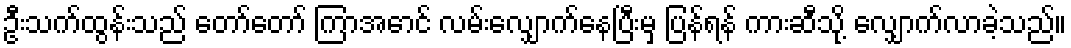
ဦးသက်ထွန်းသည် တော်တော် ကြာအောင် လမ်းလျှောက်နေပြီးမှ ပြန်ရန် ကားဆီသို့ လျှောက်လာခဲ့သည်။